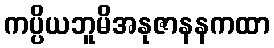
ကပ္ပိယဘူမိအနုဇာနနကထာ